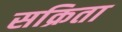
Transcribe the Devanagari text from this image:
सक्रिता